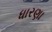
ધારણા